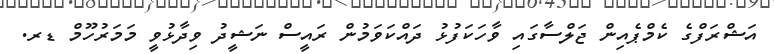
އަޝްރަފްގެ ކެމްޕެއިން ޖަލްސާގައި ވާހަކަފުޅު ދައްކަވަމުން ރައީސް ނަޝީދު ވިދާޅުވީ މަމަރުހޫމް ޑރ.